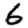
Digit: 6